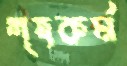
গৃহকর্ম